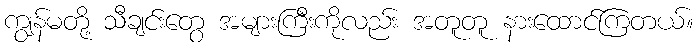
ကျွန်မတို့ သီချင်းတွေ အများကြီးကိုလည်း အတူတူ နားထောင်ကြတယ်။